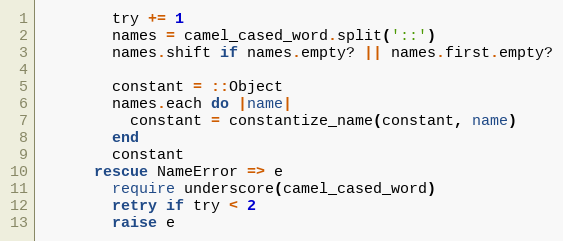
Language: Ruby
        try += 1
        names = camel_cased_word.split('::')
        names.shift if names.empty? || names.first.empty?

        constant = ::Object
        names.each do |name|
          constant = constantize_name(constant, name)
        end
        constant
      rescue NameError => e
        require underscore(camel_cased_word)
        retry if try < 2
        raise e